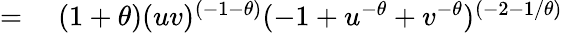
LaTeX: \begin{array}{rl}{={}}&{{}(1+\theta)(uv)^{(-1-\theta)}(-1+u^{-\theta}+v^{-\theta})^{(-2-1/\theta)}}\end{array}